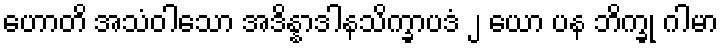
ဟောတိ အသံဝါသော အဒိန္နာဒါနသိက္ခာပဒံ ၂ ယော ပန ဘိက္ခု ဂါမာ